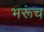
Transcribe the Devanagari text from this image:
भरूंच